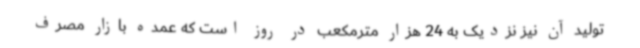
تولید آن نیز نزدیک به 24 هزار مترمکعب در روز است که عمده بازار مصرف